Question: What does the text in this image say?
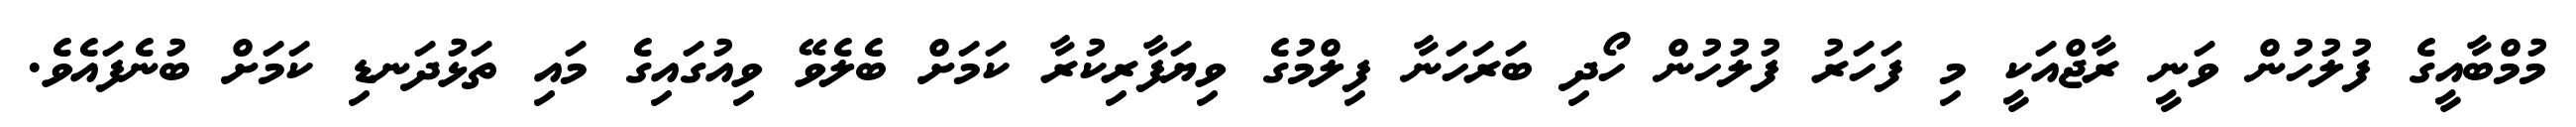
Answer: މުމްބާއީގެ ފުލުހުން ވަނީ ރާޖްއަކީ މި ފަހަރު ފުލުހުން ހޯދި ބަރަހަނާ ފިލްމުގެ ވިޔަފާރިކުރާ ކަމަށް ބެލެވޭ ވިއުގައިގެ މައި ތަޅުދަނޑި ކަމަށް ބުނެފައެވެ.